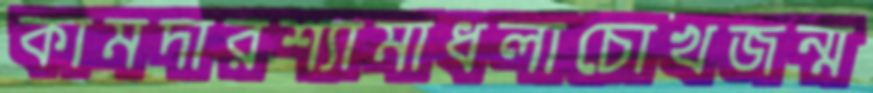
কামদারশ্যামাধলাচোখজন্ম